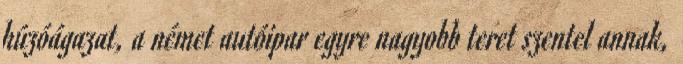
húzóágazat, a német autóipar egyre nagyobb teret szentel annak,